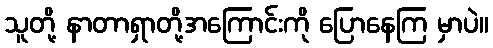
သူတို့ နာတာရှာတို့အကြောင်းကို ပြောနေကြ မှာပဲ။